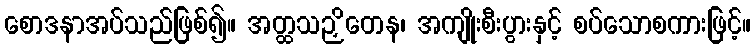
စောဒနာအပ်သည်ဖြစ်၍။ အတ္ထသဉှိတေန၊ အကျိုးစီးပွားနှင့် စပ်သောစကားဖြင့်။